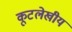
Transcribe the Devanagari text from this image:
कूटलेखीय